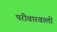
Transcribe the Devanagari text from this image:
परीवारवालों